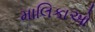
માલિકાઓ